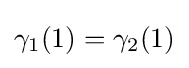
\gamma _{1}(1)=\gamma _{2}(1)